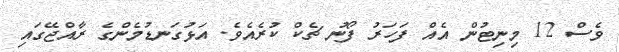
ވެސް 12 މިނިޓުން އެއް ފަހަރު ފޯނު ޗެކް ކުރެއެވެ. އަޅުގަނޑުމެންގެ ރާއްޖޭގައި